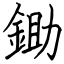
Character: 鋤